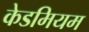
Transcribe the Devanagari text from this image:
केडमियम